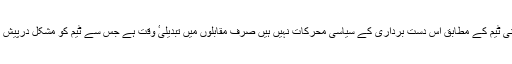
ایرانی ٹیم کے مطابق اِس دست برداری کے سیاسی محرکات نہیں ہیں صرف مقابلوں میں تبدیلیٴ وقت ہے جس سے ٹیم کو مشکل درپیش ہے۔